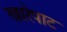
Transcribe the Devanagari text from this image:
खारेपाट